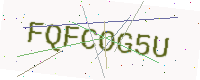
Text: FQFCOG5U